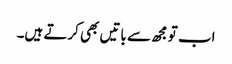
اب تو مجھ سے باتیں بھی کرتے ہیں۔